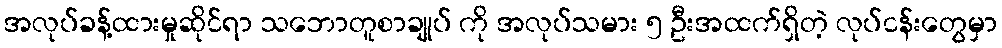
အလုပ်ခန့်ထားမှုဆိုင်ရာ သဘောတူစာချုပ် ကို အလုပ်သမား ၅ ဦးအထက်ရှိတဲ့ လုပ်ငန်းတွေမှာ